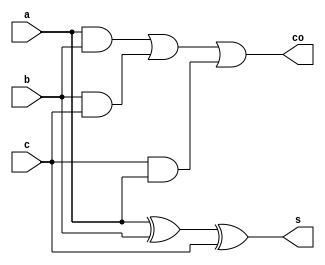
module full_adder(a,b,c,s,co);
input a,b,c;
output s,co;
assign s=a^b^c;
assign co=(a&b)|(b&c)|(c&a);
endmodule